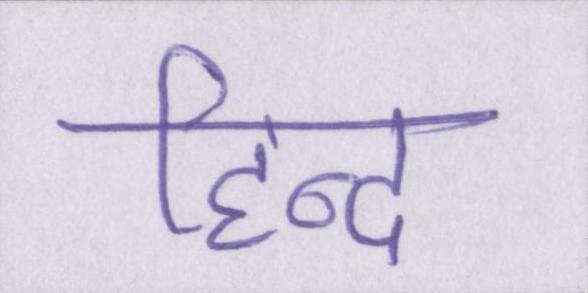
हिन्द